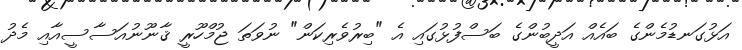
އަޅުގަނޑުމެންގެ ބައެއް އަދީބުންގެ ބަސްފުޅުގައި އެ "ބިރުވެރިކަން" ނުވަތަ ޖުމްހޫރީ ޤާނޫނުއަސާސީއާއި މެދު